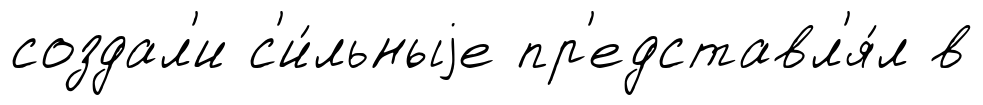
создал'и с'и́льныjе пр'едставл'я́л в